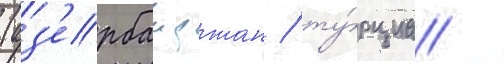
(аз'ербаиджан / ту́рциа /